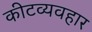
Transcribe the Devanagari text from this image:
कीटव्यवहार